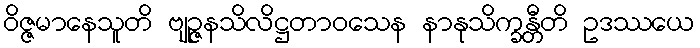
ဝိဇ္ဇမာနေသူတိ ဗျဉ္ဇနသိလိဋ္ဌတာဝသေန နာနုသိက္ခန္တီတိ ဥဒဿယေ